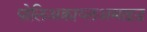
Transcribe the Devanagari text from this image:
पोलिअक्राय्लअमाइड